Report on the working of the mental hospitals for Indians in Bihar and Orissa - 1925-1929
Year: 1925
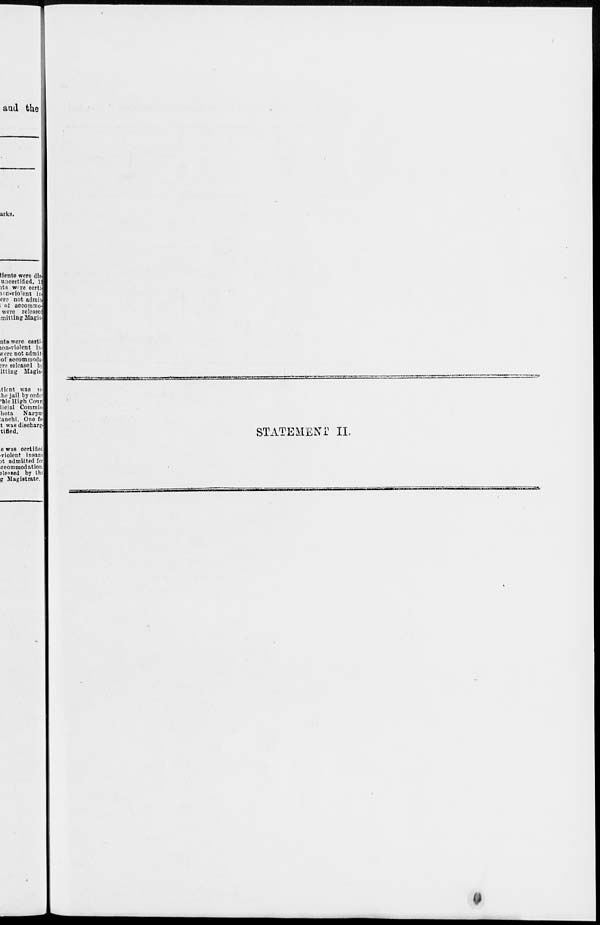
STATEMENT II.